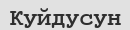
Куйдусун